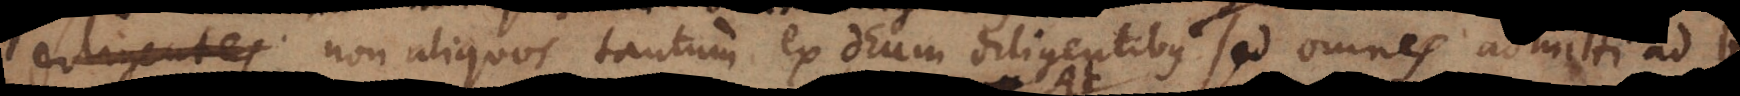
diligentes non aliquos tantum ex Deum diligentibus sed omnes admitti ad b